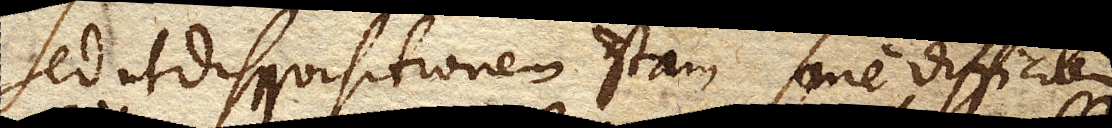
Sed ut disquisitionem istam sane difficilem